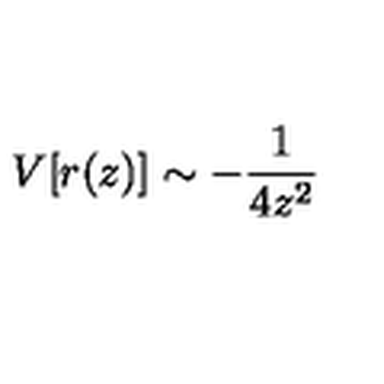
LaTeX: V [ r ( z ) ] \sim - \frac { 1 } { 4 z ^ { 2 } }